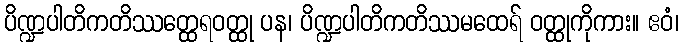
ပိဏ္ဍပါတိကတိဿတ္ထေရဝတ္ထု ပန၊ ပိဏ္ဍပါတိကတိဿမထေရ် ဝတ္ထုကိုကား။ ဧဝံ၊